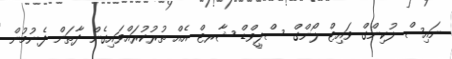
ނައިސް ލުކިންގް ވައިޓް ލޯންގް ސްލީވްޑް ޝާރޓް އެއް ތުރުކުރައްވައިގެން ދާތަން ފެނުމުން